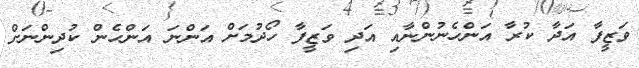
ވަޒީފާ އަދާ ކުރާ އަންހެނުންނާއި އަދި ވަޒީފާ ހޯދުމަށް އަންނަ އަންހެން ކުދިންނަށް